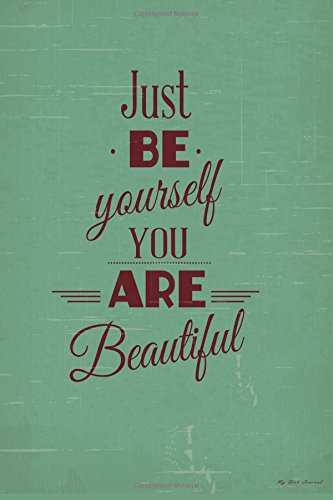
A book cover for My Diet Journal: Just Be Yourself, Diet Journal & Diary, 6 x 9, 12 Weeks of Daily Entries; My Diet Journal; Health, Fitness & Dieting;